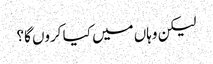
لیکن وہاں میں کیا کروں گا؟